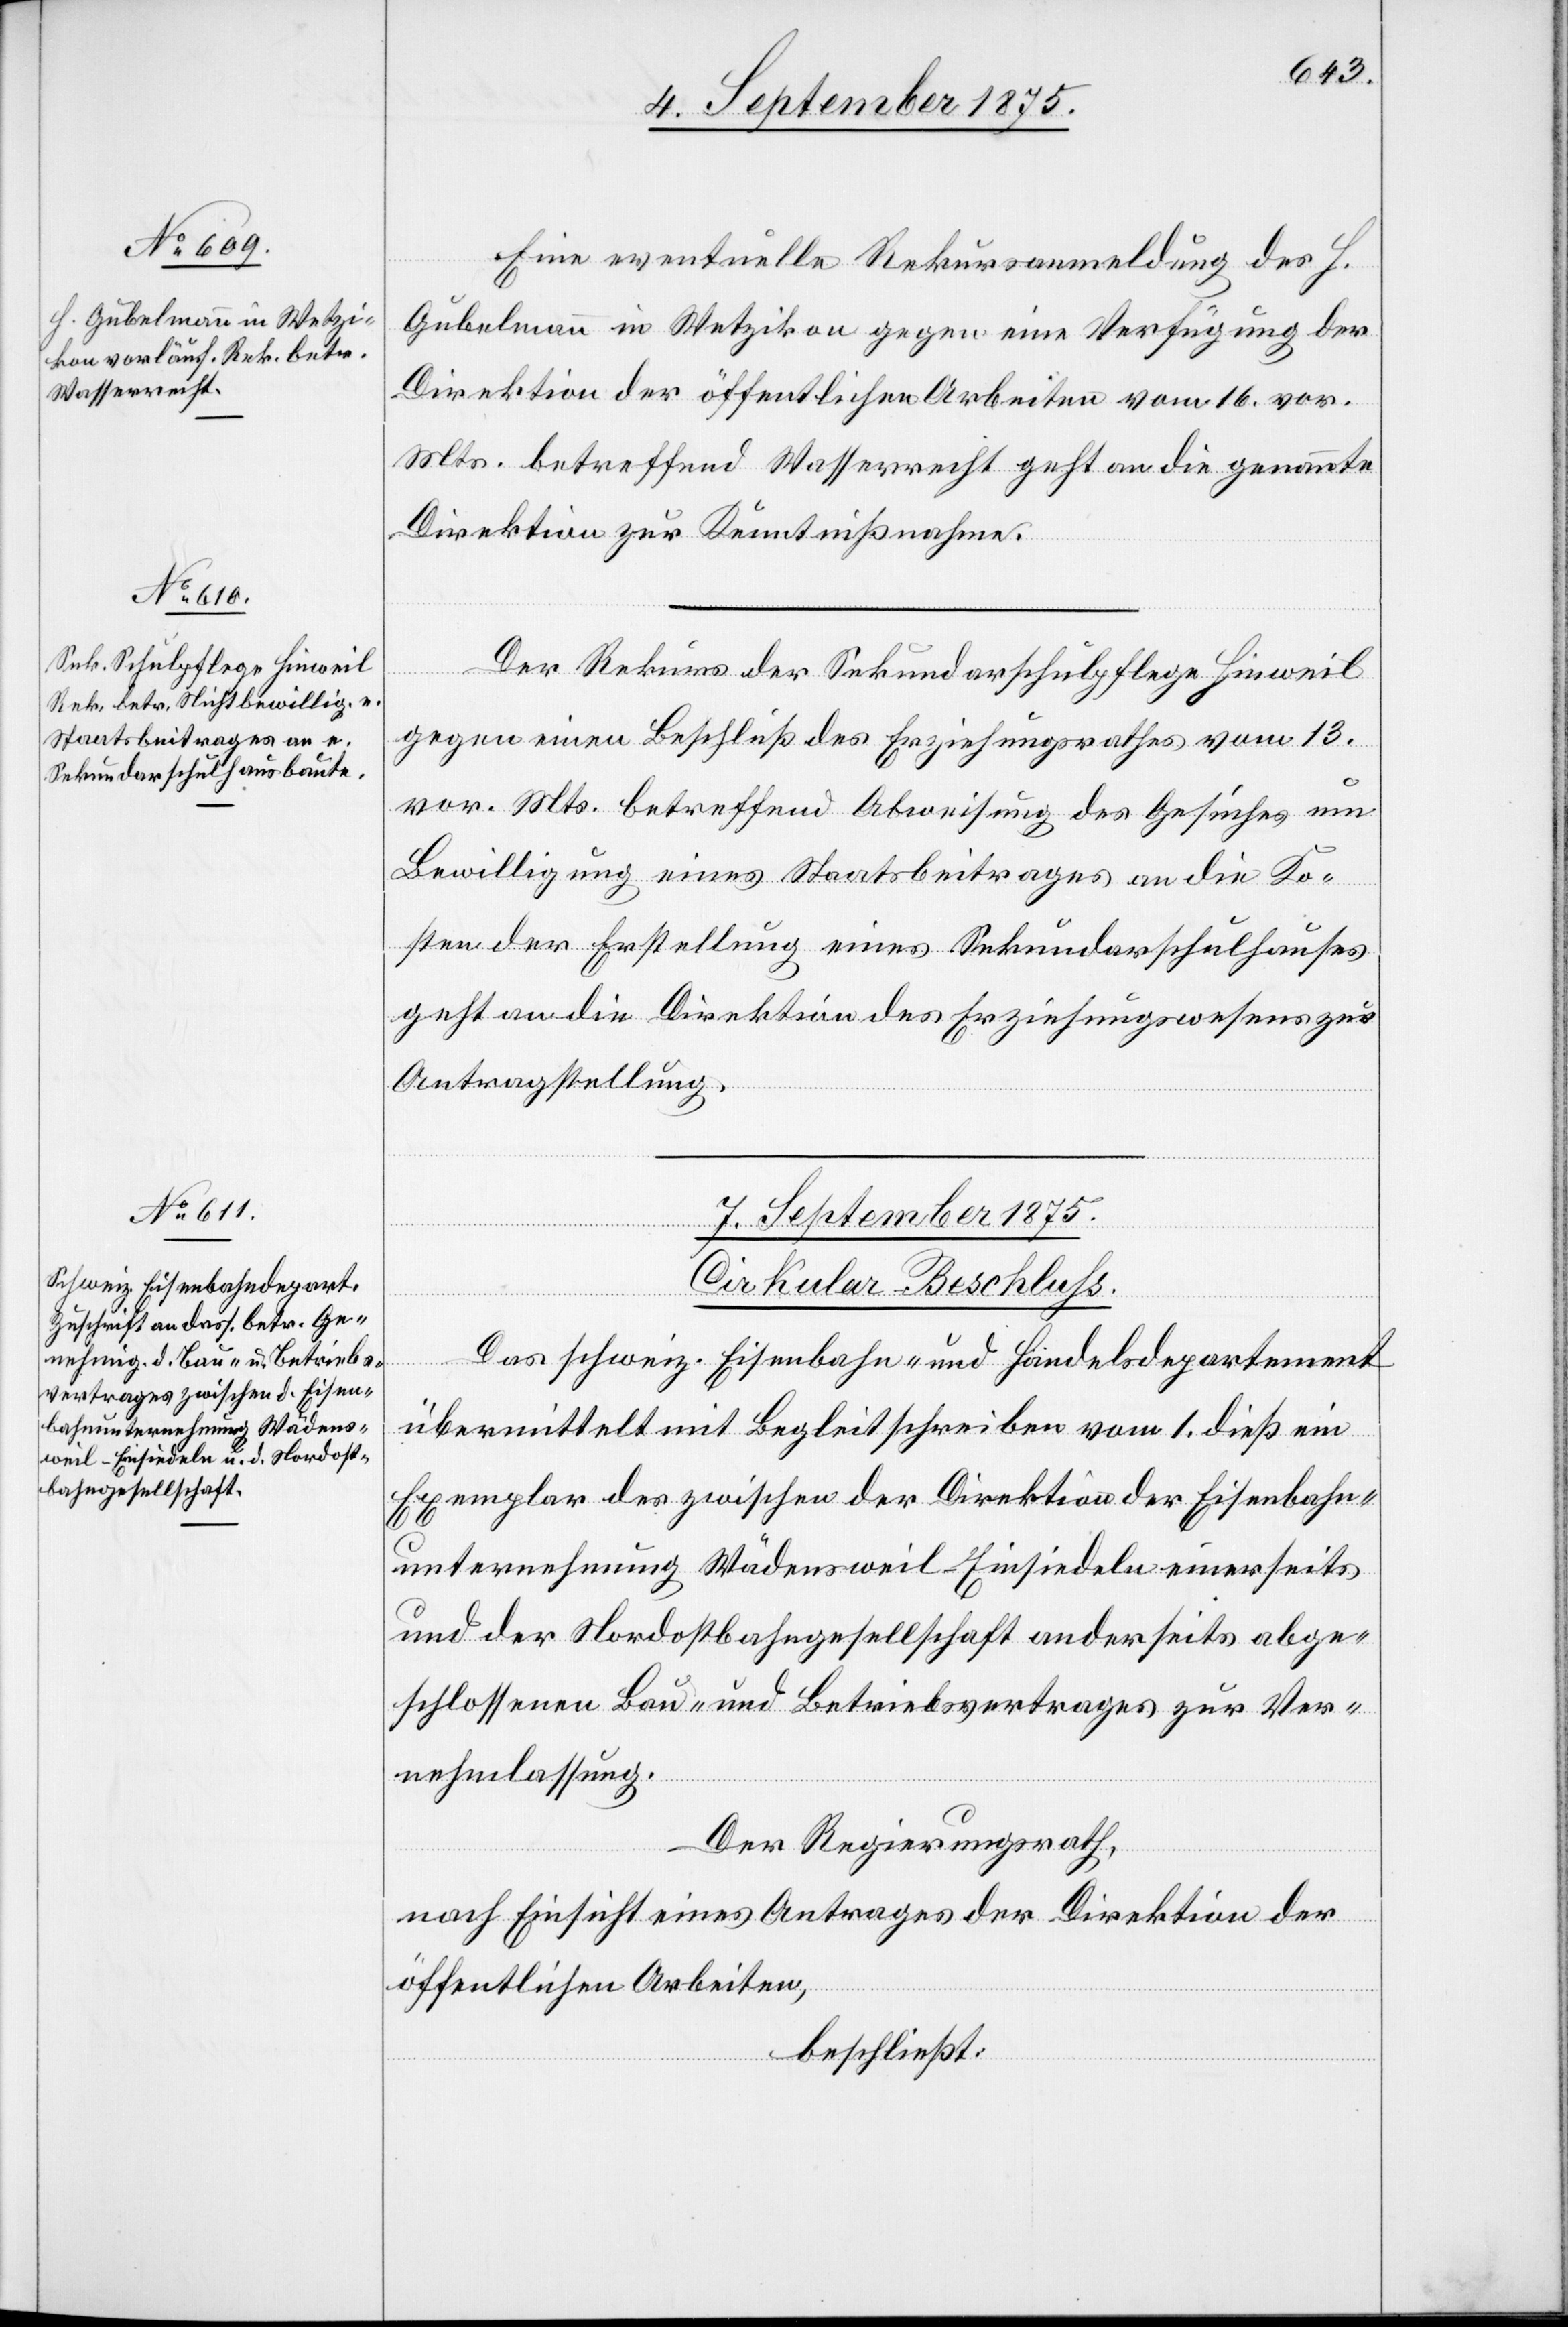
6. September 1875.]
Eine eventuelle Rekursanmeldung der H.
Gubelmann in Wetzikon gegen eine Verfügung der
Direktion der öffentlichen Arbeiten vom 16. vor.
Mts. betreffend Wasserrecht geht an die genannte
Direktion zur Kenntnißnahme.
Der Rekurs der Sekundarschulpflege Hinweil
gegen einen Beschluß des Erziehungsrathes vom 13.
vor. Mts. betreffend Abweisung des Gesuches um
Bewilligung eines Staatsbeitrages an die Ko¬
sten der Erstellung eines Sekundarschulhauses
geht an die Direktion des Erziehungswesens zur
Antragstellung.
7. September 1875.
Cirkular-Beschluss.
Das schweiz. Eisenbahn- und Handelsdepartement
übermittelt mit Begleitschreiben vom 1. dieß ein
Exemplar der zwischen der Direktion der Eisenbahn¬
unternehmung Wädensweil–Einsiedeln einerseits
und der Nordostbahngesellschaft anderseits abge¬
schlossenen Bau- und Betriebsvertrages zur Ver¬
nehmlassung.
Der Regierungsrath,
nach Einsicht eines Antrages der Direktion der
öffentlichen Arbeiten,
beschließt: